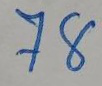
78